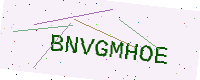
Text: BNVGMHOE